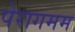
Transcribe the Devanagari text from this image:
पेरागमम